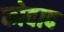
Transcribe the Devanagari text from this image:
कोवाद